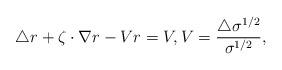
LaTeX: \begin{align*}\triangle r+\zeta\cdot\nabla r-V r=V,V=\frac{\triangle \sigma^{1/2}}{\sigma^{1/2}},\end{align*}